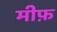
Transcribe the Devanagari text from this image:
मीफ़